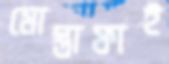
মোস্তাফাই